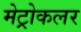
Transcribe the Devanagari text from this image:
मेट्रोकलर